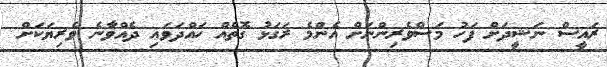
ރައީސް ނަޝީދަށް ފަހު މަސްވެރިންނަށް އެންމެ ރަގަޅު ގޮތެއް ހައްދަަވައި ދެއްވާނެ ވެރިޔަކަށް